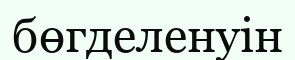
бөгделенуін